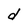
Character: d